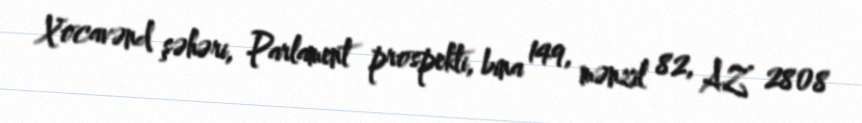
Xocavənd şəhəri, Parlament prospekti, bina 149, mənzil 82, AZ 2808